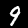
Digit: 9